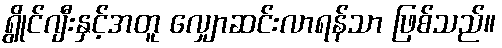
ရွိုင်ဂျီးနှင့်အတူ လျှောဆင်းလာရန်သာ ဖြစ်သည်။